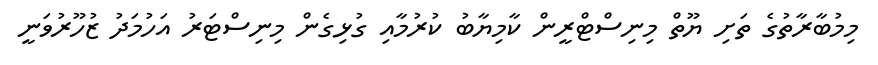
މިމުބާރާތުގެ ތަށި ޔޫތް މިނިސްޓްރީން ކާމިޔާބު ކުރުމާއި ގުޅިގެން މިނިސްޓަރު އަހުމަދު ޒުހޫރުވަނީ